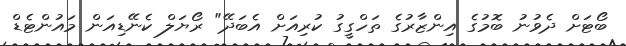
ބޯޓަށް ދެވުނު ބޮމުގެ އިންޒާރުގެ ތަހްގީގު ކުރިއަށް އެބަދޭ" ރޯޔަލް ކެނޭޑިއަން މައުންޓެޑް